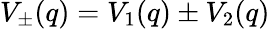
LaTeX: V_{\pm}(q)=V_{1}(q)\pm V_{2}(q)